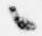
々